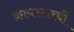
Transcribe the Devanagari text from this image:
क्रायस्लरची